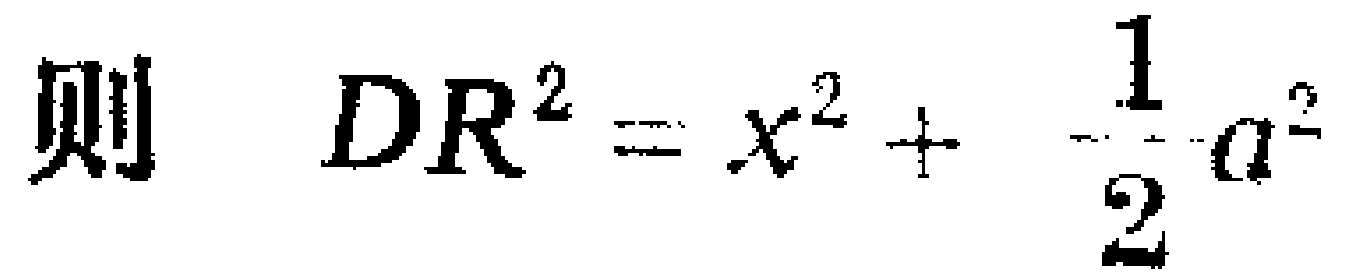
则 \(DR^{2}=x^{2}+\frac{1}{2}a^{2}\)